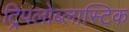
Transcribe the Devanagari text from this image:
ट्रिपलोब्लास्टिक